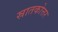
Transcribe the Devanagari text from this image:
स्रातकोत्तर